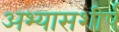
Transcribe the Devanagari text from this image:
अभ्यासशीर्ष